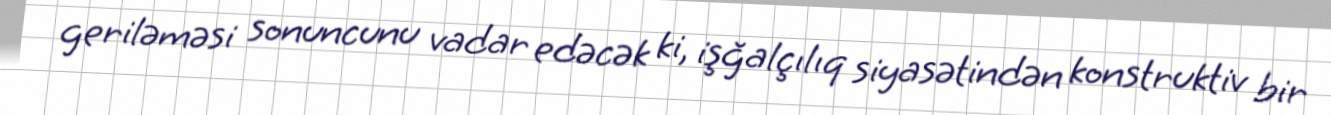
geriləməsi sonuncunu vadar edəcək ki, işğalçılıq siyasətindən konstruktiv bir